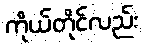
ကိုယ်တိုင်လည်း